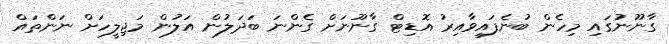
ގާނޫނުގައި މިހެން ބުނެފައިވާއިރު އޮޑިޓް ގާނޫނަށް ގެންނަ ބަދަލުން އަލުން މަޖިލީހަށް ނަންތައް